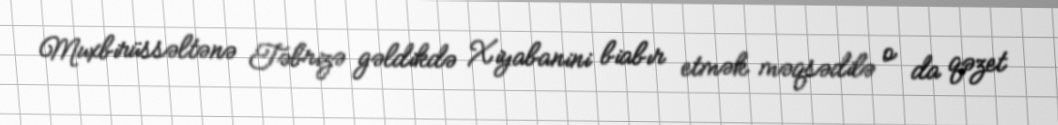
Muxbirüssəltənə Təbrizə gəldikdə Xiyabanini biabır etmək məqsədilə o da qəzet